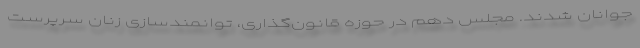
جوانان شدند. مجلس دهم در حوزه قانون‌گذاری، توانمندسازی زنان سرپرست